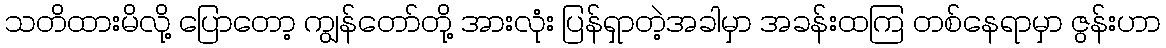
သတိထားမိလို့ ပြောတော့ ကျွန်တော်တို့ အားလုံး ပြန်ရှာတဲ့အခါမှာ အခန်းထကြ တစ်နေရာမှာ ဇွန်းဟာ